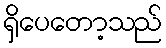
ရှိပေတော့သည်